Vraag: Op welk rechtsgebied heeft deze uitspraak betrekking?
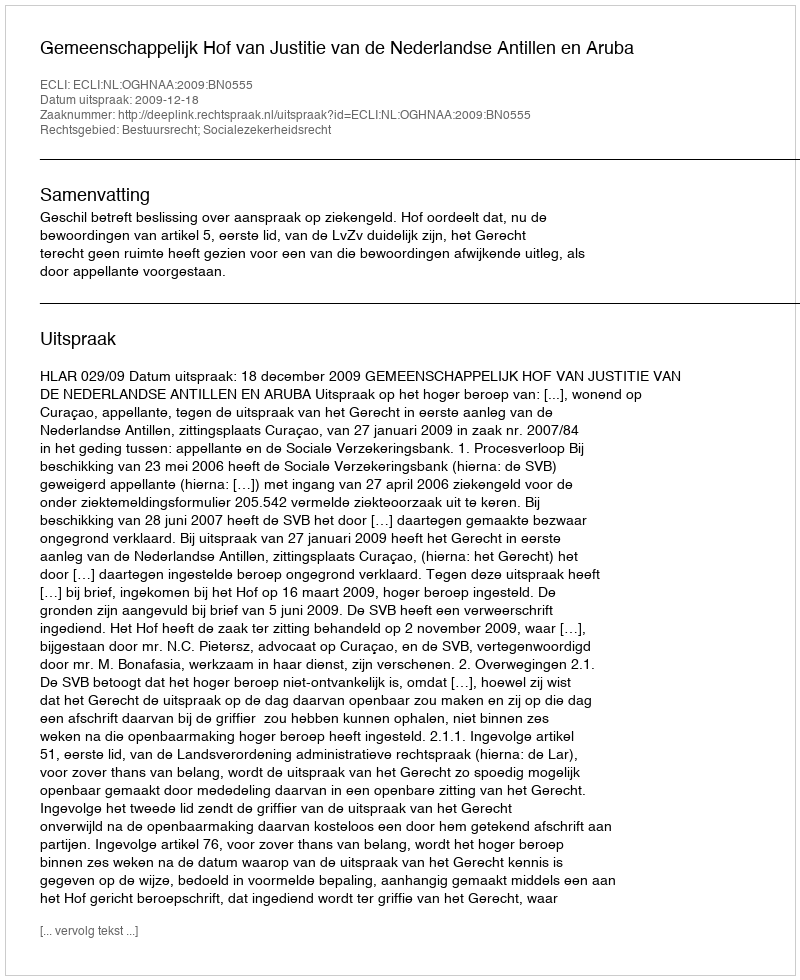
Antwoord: Bestuursrecht; Socialezekerheidsrecht